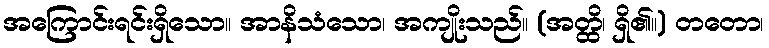
အကြောင်းရင်းရှိသော။ အာနိသံသော၊ အကျိုးသည်။ (အတ္ထိ၊ ရှိ၏။) တတော၊